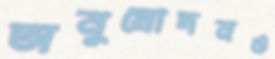
অনুমোদনও